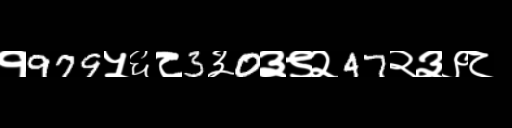
Text: १979५६८3३0३९२47२३९८